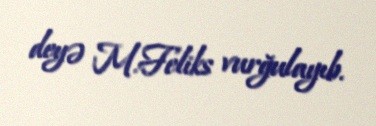
deyə M.Feliks vurğulayıb.